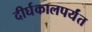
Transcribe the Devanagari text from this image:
दीर्घकालपर्यंत